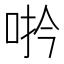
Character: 𪡆